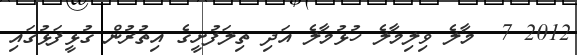
2012 7  މާލެ ވިލިމާލެ ހުޅުމާލެ އަދި ތިލަފުށީގެ އިތުރުން ގުޅީފަޅުގައި